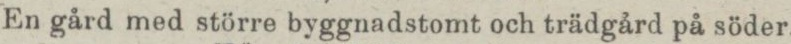
En gård med större byggnadstomt och trädgård på söder.